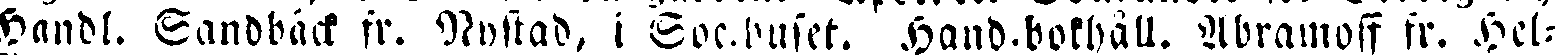
Handl. Sandbäck fr. Nystad, i Soc.huset. Hand-bokhäll. Abramoff fr. Hel-